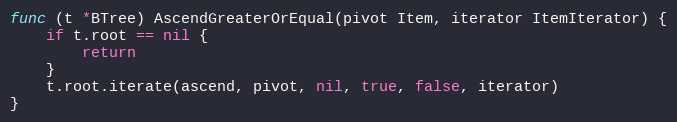
Language: Go
func (t *BTree) AscendGreaterOrEqual(pivot Item, iterator ItemIterator) {
	if t.root == nil {
		return
	}
	t.root.iterate(ascend, pivot, nil, true, false, iterator)
}